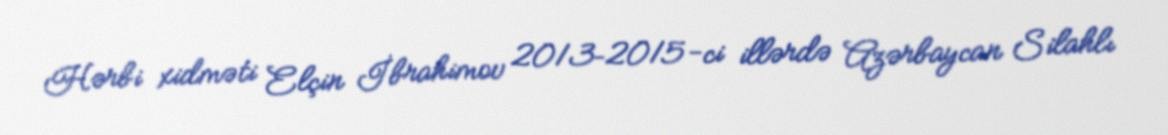
Hərbi xidməti Elçin İbrahimov 2013–2015-ci illərdə Azərbaycan Silahlı